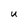
Character: U